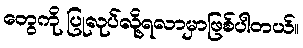
တွေကို ပြုလုပ်လို့ရလာမှာဖြစ်ပါတယ်။